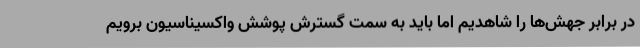
در برابر جهش‌ها را شاهدیم اما باید به سمت گسترش پوشش واکسیناسیون برویم